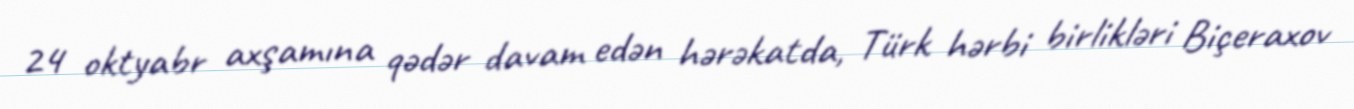
24 oktyabr axşamına qədər davam edən hərəkatda, Türk hərbi birlikləri Biçeraxov